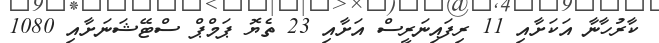
ކާރުހާނާ އަކަށާއި 11 ރިފައިނަރީސް އަށާއި 23 ތެޔޮ ޕަމްޕް ސްޓޭޝަނަށާއި 1080